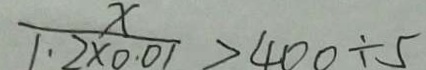
\frac { x } { 1 . 2 \times 0 . 0 1 } > 4 0 0 \div 5